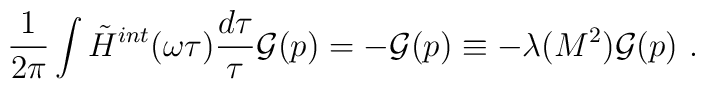
\frac{1}{2\pi}\int \tilde{H}^{int}(\omega\tau)\frac{d\tau}{\tau} {\cal G}(p)= -{\cal G}(p)\equiv -\lambda(M^2){\cal G}(p)\ .